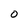
Character: O